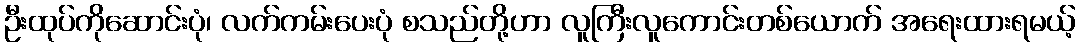
ဦးထုပ်ကိုဆောင်းပုံ၊ လက်ကမ်းပေးပုံ စသည်တို့ဟာ လူကြီးလူကောင်းတစ်ယောက် အရေးထားရမယ့်